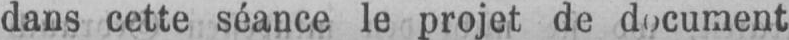
dans cette séance le projet de document